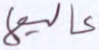
عاليها